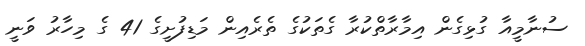
ސުނާމީއާ ގުޅިގެން އިމާރާތްކުރާ ގެތަކުގެ ތެރެއިން މަޑިފުށީގެ 41 ގެ މިހާރު ވަނީ